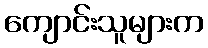
ကျောင်းသူများက